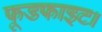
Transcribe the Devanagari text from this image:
फूडफाइट।